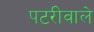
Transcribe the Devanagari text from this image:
पटरीवाले